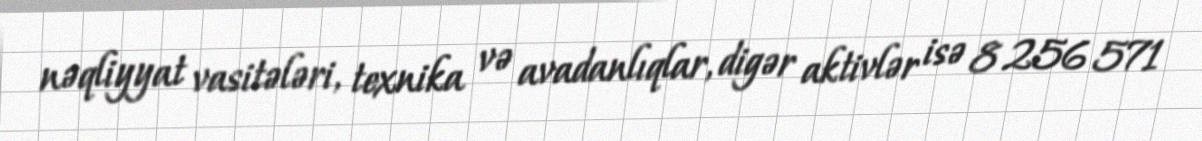
nəqliyyat vasitələri, texnika və avadanlıqlar, digər aktivlər isə 8 256 571